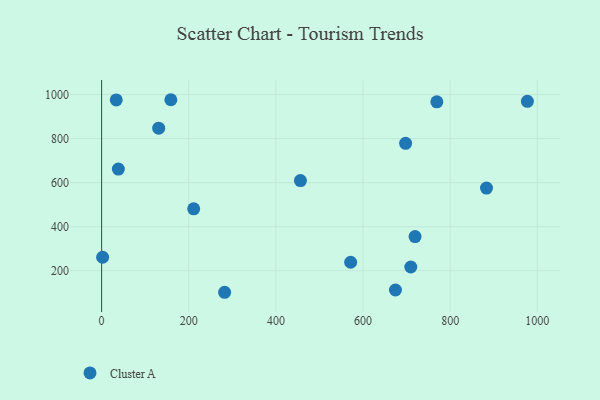
{"axis": {"x": "Speed", "y": "Yield"}, "legend": ["Cluster A"], "data": [{"x": "33.6", "y": 975.9, "type": "Cluster A"}, {"x": "211.3", "y": 481.2, "type": "Cluster A"}, {"x": "158.9", "y": 976.9, "type": "Cluster A"}, {"x": "709.6", "y": 217.0, "type": "Cluster A"}, {"x": "719.4", "y": 355.2, "type": "Cluster A"}, {"x": "883.4", "y": 575.5, "type": "Cluster A"}, {"x": "571.6", "y": 238.7, "type": "Cluster A"}, {"x": "456.3", "y": 609.7, "type": "Cluster A"}, {"x": "282.3", "y": 102.2, "type": "Cluster A"}, {"x": "38.4", "y": 662.0, "type": "Cluster A"}, {"x": "977.2", "y": 969.7, "type": "Cluster A"}, {"x": "2.3", "y": 261.4, "type": "Cluster A"}, {"x": "131.0", "y": 847.5, "type": "Cluster A"}, {"x": "769.4", "y": 967.5, "type": "Cluster A"}, {"x": "674.4", "y": 112.6, "type": "Cluster A"}, {"x": "697.7", "y": 779.0, "type": "Cluster A"}]}